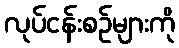
လုပ်ငန်းစဉ်များကို